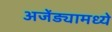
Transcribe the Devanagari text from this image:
अजेंड्यामध्ये